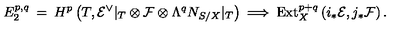
E _ { 2 } ^ { p , q } \: = \: H ^ { p } \left( T , { \cal E } ^ { \vee } | _ { T } \otimes { \cal F } \otimes \Lambda ^ { q } N _ { S / X } | _ { T } \right) \: \Longrightarrow \: \mathrm { E x t } _ { X } ^ { p + q } \left( i _ { * } { \cal E } , j _ { * } { \cal F } \right) .